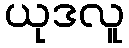
ယုဒလူ